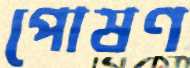
পোষণ